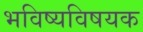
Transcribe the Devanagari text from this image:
भविष्यविषयक